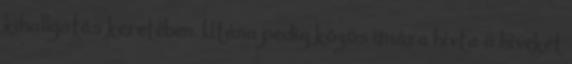
kihallgatás keretében. Utána pedig közös imára hívta a híveket